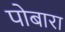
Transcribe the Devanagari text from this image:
पोबारा